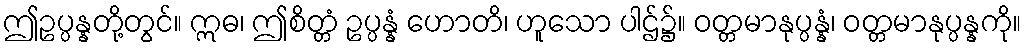
ဤဥပ္ပန္နတို့တွင်။ ဣဓ၊ ဤစိတ္တံ ဥပ္ပန္နံ ဟောတိ၊ ဟူသော ပါဌ်၌။ ဝတ္တမာနုပ္ပန္နံ၊ ဝတ္တမာနုပ္ပန္နကို။